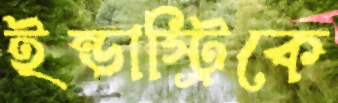
ইন্ডাস্ট্রিকে